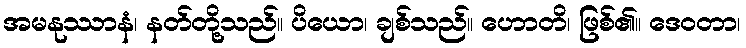
အမနုဿာနံ၊ နတ်တို့သည်။ ပိယော၊ ချစ်သည်။ ဟောတိ၊ ဖြစ်၏။ ဒေဝတာ၊